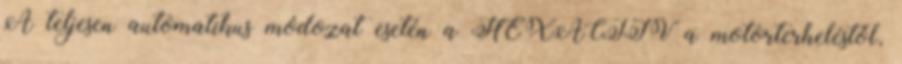
A teljesen automatikus módozat esetén a HEXACTIV a motorterheléstől,